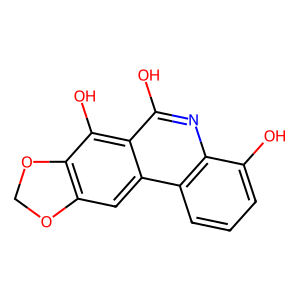
SMILES: Oc1cccc2c1nc(O)c1c(O)c3c(cc12)OCO3
Inhibits HIV replication: No